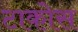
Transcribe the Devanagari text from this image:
टाकोस